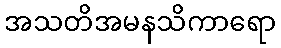
အသတိအမနသိကာရော